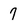
Character: 7